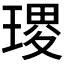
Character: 𭹭